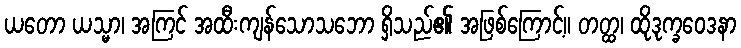
ယတော ယသ္မာ၊ အကြင် အထီးကျန်သောသဘော ရှိသည်၏ အဖြစ်ကြောင့်။ တတ္ထ၊ ထိုဒုက္ခဝေဒနာ